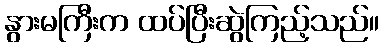
နွားမကြီးက ထပ်ပြီးဆွဲကြည့်သည်။